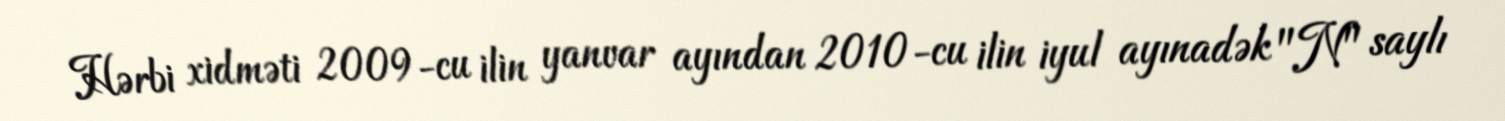
Hərbi xidməti 2009-cu ilin yanvar ayından 2010-cu ilin iyul ayınadək "N" saylı